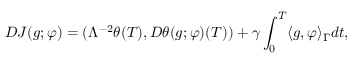
D J ( g ; \varphi ) = ( \Lambda ^ { - 2 } \theta ( T ) , D \theta ( g ; \varphi ) ( T ) ) + \gamma \int _ { 0 } ^ { T } \langle g , \varphi \rangle _ { \Gamma } d t ,